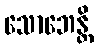
သောဘေန္တိ